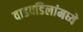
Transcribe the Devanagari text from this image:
वाडवडिलांमध्ये